Annual report on the Civil Veterinary Department, Burma (including the Insein Veterinary School) - 1923-1931
Year: 1923
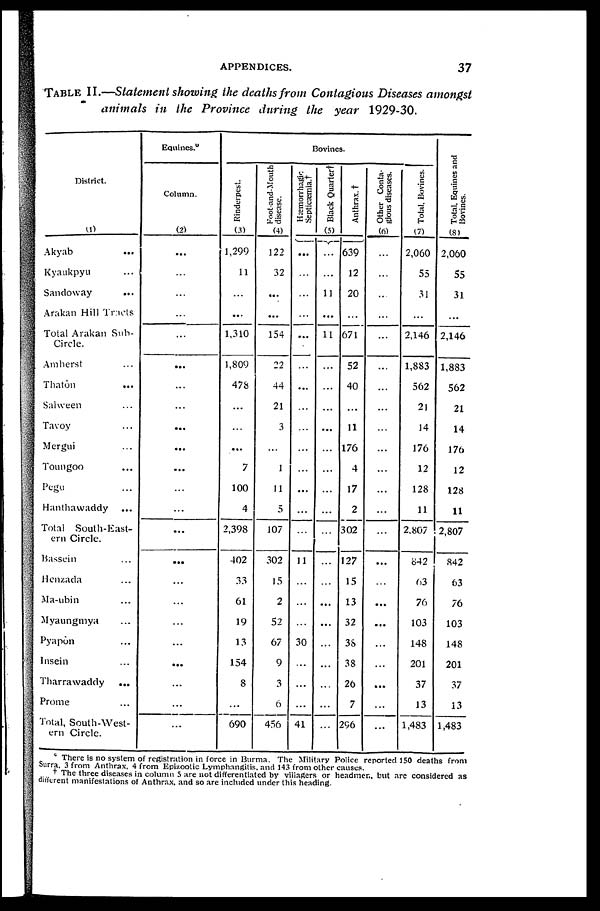
APPENDICES.
37
TABLE II.—Statement showing the deaths from Contagious Diseases amongst
animals in the Province during the year 1929-30.
District.
(1)
Akyab ...
Kyaukpyu ...
Sandoway ...
Arakan Hill Tracts
Total Arakan Suh-
Circle.
Amherst ...
Thatôn ...
Salween ...
Tavoy ...
Mergui ...
Toungoo ...
Pegu ...
Hanthawaddy
...
Total South-East-
ern Circle.
Bassein ...
Henzada ...
Ma-ubin ...
Myaungmya ...
Pyapon ...
Insein ...
Tharrawaddy
...
Prome ...
Total, South-West-
ern Circle.
Equines.
Column.
(2)
...
...
...
...
...
...
...
...
...
...
...
...
...
...
...
...
...
...
...
...
...
...
...
Bovines.
Rinderpest.
(3)
1,299
11
...
...
1,310
1,809
478
...
...
......
7
100
4
2,398
402
33
61
19
13
154
8
...
690
Foot-and-Mouth
disease.
(4)
122
32
...
...
154
22
44
21
3
...
1
11
5
107
302
15
2
52
67
9
3
6
456
Hæmorrhagic
Septicæmia.†
Black Quarter†
(5)
Anthrax. †
...
...
...
...
...
...
...
...
...
...
...
...
...
...
11
...
...
...
30
...
...
...
41
...
...
11
...
11
...
...
...
...
...
...
...
...
...
...
...
...
...
...
...
...
...
639
12
20
...
671
52
40
...
11
176
4
17
2
302
127
15
13
32
38
38
26
7
296
Other Conta-
gious diseases.
(6)
...
...
...
...
...
...
...
...
...
...
...
...
...
...
...
...
...
...
...
...
...
...
...
Total. Bovines.
(7)
2,060
55
31
...
2,146
1,883
562
21
14
176
12
128
11
2,807
842
63
76
103
148
201
37
13
1,483
Total, Equines and
Bovines.
(8)
2,060
55
31
...
2,146
1,883
562
21
14
176
12
128
11
2,807
842
63
76
103
148
201
37
13
1,483
c There is no system of registration in force in Burma. The Military Police reported 150 deaths from
Surra, 3 from Anthrax, 4 from Epizootic Lymphangitis, and 143 from other causes.
† The three diseases in column 5 are not differentiated by villagers or headmen, but are considered as
different manifestations of Anthrax, and so are included under this heading.